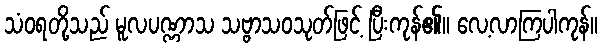
သံဝရတို့သည် မူလပဏ္ဏာသ သဗ္ဗာသဝသုတ်ဖြင့် ပြီးကုန်၏။ လေ့လာကြပါကုန်။